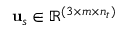
\mathbf { u } _ { s } \in \mathbb { R } ^ { ( 3 \times m \times n _ { t } ) }